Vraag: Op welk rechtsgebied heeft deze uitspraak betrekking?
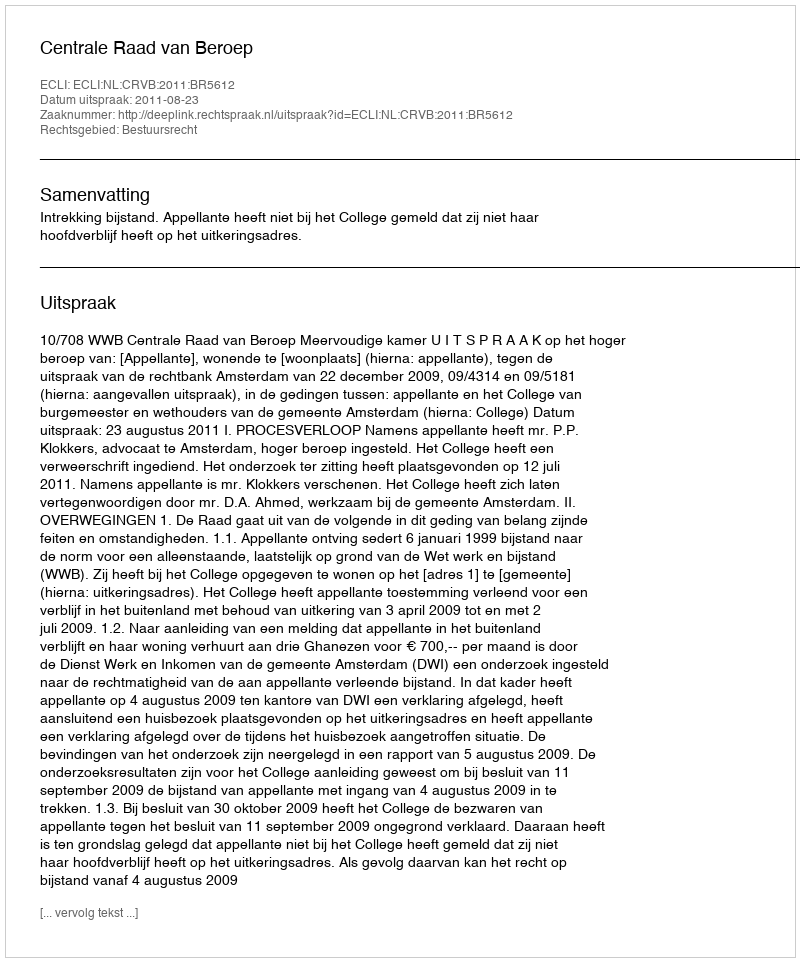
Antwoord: Bestuursrecht